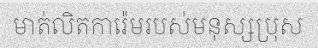
មាត់លិតការ៉េមរបស់មនុស្សប្រុស